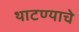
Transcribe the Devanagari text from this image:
थाटण्याचे